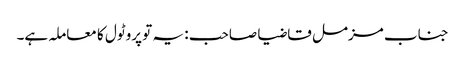
جناب مزمل قاضیا صاحب : یہ تو پروٹول کا معاملہ ہے۔